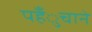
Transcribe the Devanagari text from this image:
पहँुचाने